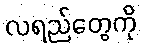
လရည်တွေကို